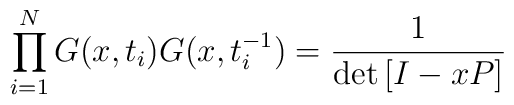
\prod_{i=1}^{N}G(x,t_{i})G(x,t_{i}^{-1}) =\frac{1}{\det\left[I-xP\right]}